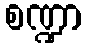
စဏ္ဍာ